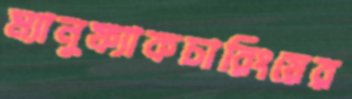
ম্যানুফ্যাকচারিংয়ের